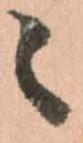
々